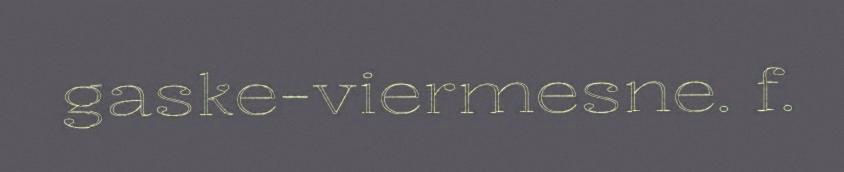
gaske-viermesne. f.